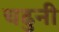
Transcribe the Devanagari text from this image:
चढुनी